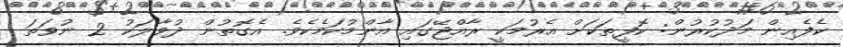
ކެފެއިން މަދުކުރުން: ކޮފީތަކަށް އެރުމަކީ ރާއްޖޭގައި އާންމުކަމެކެވެ. އެގޮތުން ދުވާލަކު 2 ނުވަތަ